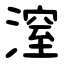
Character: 潌